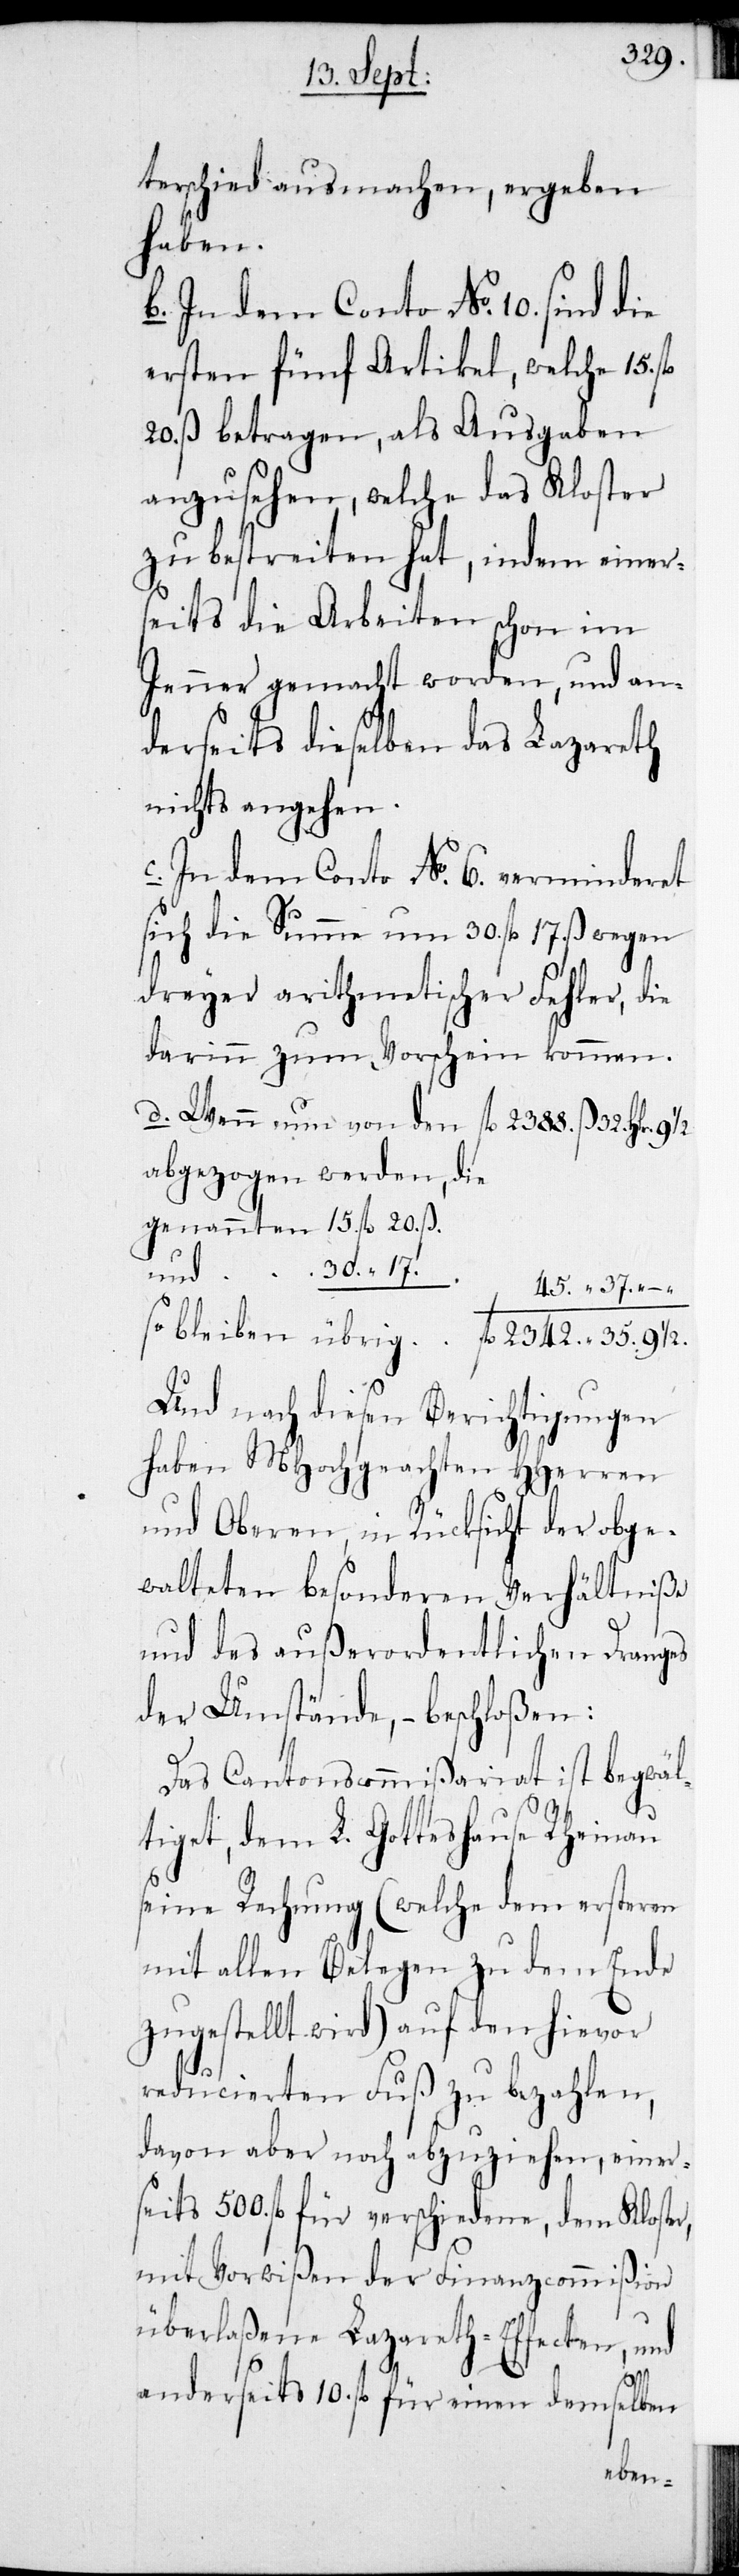
terschied ausmachen, ergeben
haben.
b. In dem Conto No. 10. sind die
ersten fünf Artikel, welche 15.
20. ß. betragen, als Ausgaben
anzusehen, welche das Kloster
zu bestreiten hat, indem einer¬
seits die Arbeiten schon im
Jenner gemacht worden, und an¬
derseits dieselben das Lazareth
nichts angehen.
In dem Conto No. 6. verminderet
sich die Summe um 30. fl. 17. ß. wegen
dreyer arithmetischer Fehler, die
darinn zum Vorschein kommen.
d. Wenn nun von den		fl. 2388. ß. 32. Hlr.
abgezogen werden, die
genannten	15. fl. 20. ß.
45. “ 37. –.
so bleiben übrig		fl. 2342. “ 35. 9 1/2
Und nach diesen Berichtigungen
haben MHochgeachten HHerren
und Oberen, in Rücksicht der obge¬
walteten besonderen Verhältniße
und des außerordentlichen Dranges
der Umstände, – beschloßen:
Das Cantonscommißariat ist begwäl¬
tiget, dem L. Gotteshause Rheinau
seine Rechnung (welche dem ersteren
mit allen Belegen zu dem Ende
zugestellt wird) auf den hievor
reducierten Fuß zu bezahlen,
davon aber noch abzuziehen, einer¬
seits 500. fl. für verschiedene, dem Kloster,
mit Vorwißen der Finanzcommißion
überlaßene Lazareth-Effecten, und
anderseits 10. fl. für einen demselben